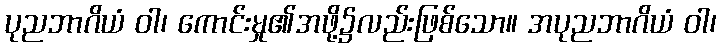
ပုညဘာဂိယံ ဝါ၊ ကောင်းမှု၏အဖို့၌လည်းဖြစ်သော။ အပုညဘာဂိယံ ဝါ၊